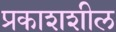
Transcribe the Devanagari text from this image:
प्रकाशशील